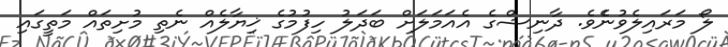
ލޯ މަރައިލެވުނެެވެ. ދާނިޝްގެ އެއަމަލަށް ބަދަލު ހިފުމުގެ ޚިޔާލެއް ނެތި މުށިތައް މަތީގައި